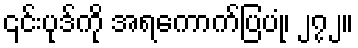
၎င်းပုဒ်ကို အရကောက်ပြပုံ၊ ၂၇၂။